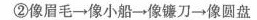
③像眉毛→像镰刀→像小船→像圆盘